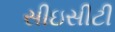
સીઇસીટી